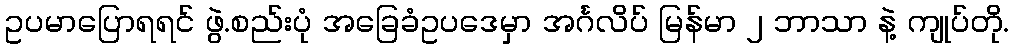
ဥပမာပြောရရင် ဖွဲ.စည်းပုံ အခြေခံဥပဒေမှာ အင်္ဂလိပ် မြန်မာ ၂ ဘာသာ နဲ့ ကျုပ်တို.